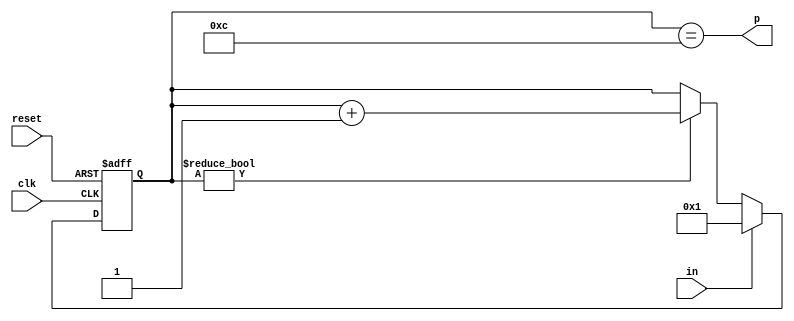
module dly250ns(input clk, input reset, input in, output p);
	reg [4-1:0] r;
	always @(posedge clk or posedge reset) begin
		if(reset)
			r <= 0;
		else begin
			if(r)
				r <= r + 4'b1;
			if(in)
				r <= 1;
		end
	end
	assign p = r == 12;
endmodule